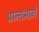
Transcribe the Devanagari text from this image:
प्रान्तभागं